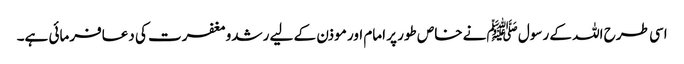
اسی طرح اللہ کے رسول ﷺنے خاص طور پر امام اور موذن کے لیے رشدومغفرت کی دعافرمائی ہے۔